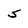
Character: s